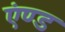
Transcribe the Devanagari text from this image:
एंण्ड